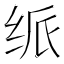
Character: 𬘦